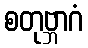
စတုဗ္ဘာဂံ